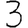
Digit: 3